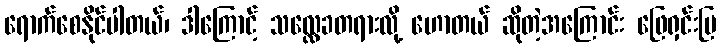
ရောက်စေနိုင်ပါတယ်၊ ဒါကြောင့် သလ္လေခတရားလို့ ဟောတယ် ဆိုတဲ့အကြောင်း ဖြေရှင်းပြ